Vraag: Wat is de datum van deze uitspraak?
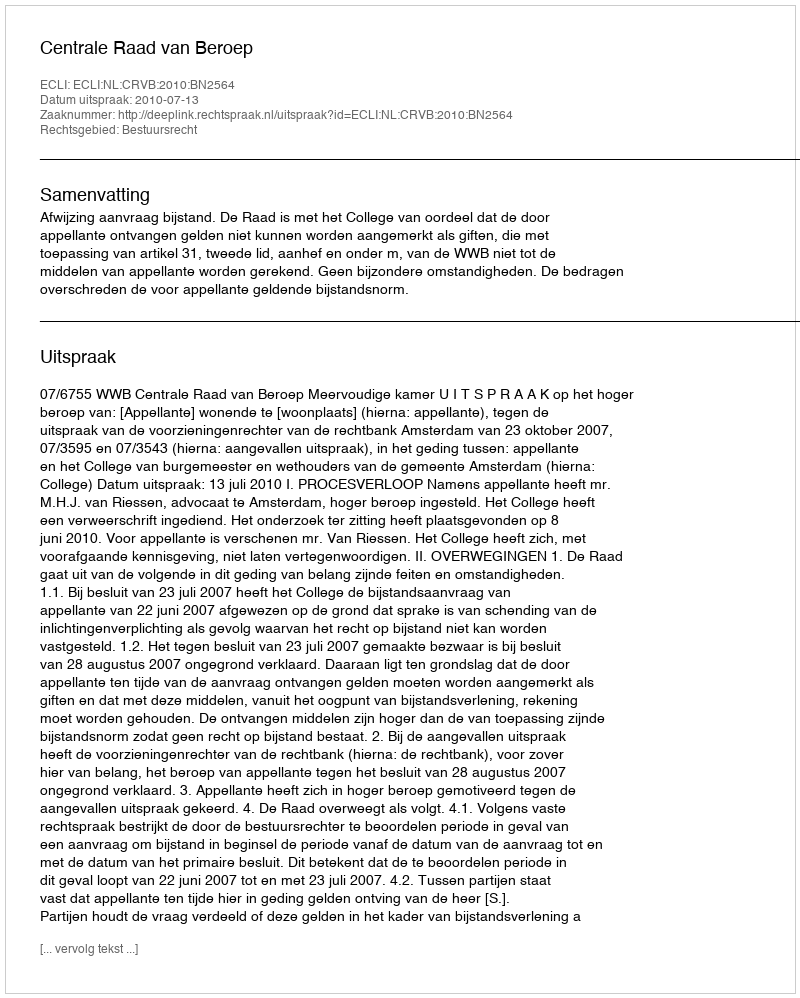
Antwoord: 2010-07-13